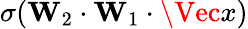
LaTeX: \sigma(\mathbf{W}_{2}\cdot\mathbf{W}_{1}\cdot\Vec{x})